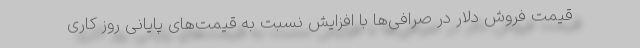
قیمت فروش دلار در صرافی‌ها با افزایش نسبت به قیمت‌های پایانی روز کاری